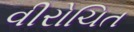
વીરોચિત